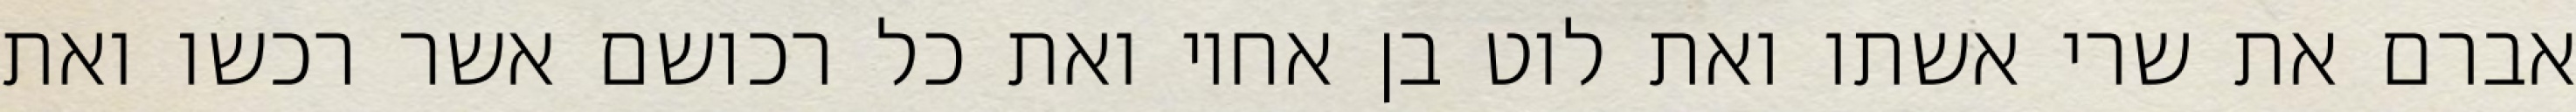
אברם את שרי אשתו ואת לוט בן אחיו ואת כל רכושם אשר רכשו ואת